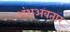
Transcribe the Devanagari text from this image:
अंशअवतार